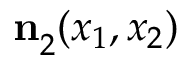
\ensuremath { \mathbf { n } } _ { 2 } ^ { } ( x _ { 1 } , x _ { 2 } )